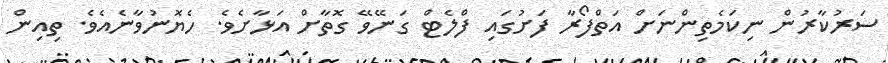
ސަރުކާރުން ނިކަމެތިންނަށް އަތްފޯރާ ފަށުގައި ފްލެޓް ގަނޭވޭ ގޮތާށް އަޅާށެވެ. ހެޔޮނުވާނެއެވެ. ތިއިން